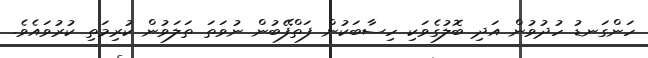
ހަންގަނޑު ހުދުވުން އަދި ބޮލުގެވަކި ހިސާބަކުން ފަތްފޭބުން ނުވަތަ ތަލަވުން ކުރިމަތި ކުރުވައެވެ.